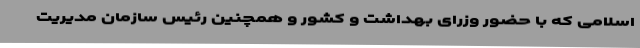
اسلامی که با حضور وزرای بهداشت و کشور و همچنین رئیس سازمان مدیریت